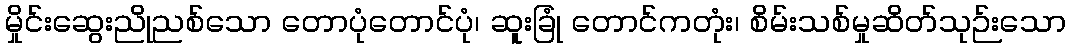
မှိုင်းဆွေးညိုညစ်သော တောပုံတောင်ပုံ၊ ဆူးခြုံ တောင်ကတုံး၊ စိမ်းသစ်မှုဆိတ်သုဉ်းသော